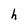
Character: h